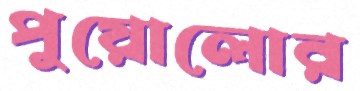
পুয়োলোর